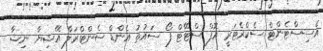
އެސިސްޓެންޓް ސެކްރެޓަރީ އޮފް ސްޓޭޓް ފޯ ސައުތު އެންޑް ސެންޓްރަލް އޭޝިޔާ ނިޝާ